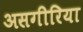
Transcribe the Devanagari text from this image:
असगीरिया